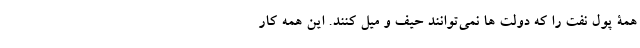
همۀ پول نفت را که دولت ها نمی‌توانند حیف و میل کنند. این همه کار